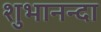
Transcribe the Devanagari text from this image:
शुभानन्दा